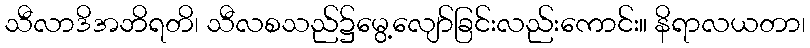
သီလာဒိအဘိရတိ၊ သီလစသည်၌မွေ့လျော်ခြင်းလည်းကောင်း။ နိရာလယတာ၊